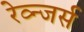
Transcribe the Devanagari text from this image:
रेव्न्जर्स